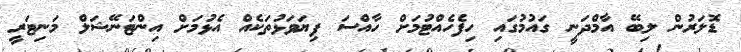
ޑޮލަރުން ލިބޭ އާމްދަނީ ގައުމުގައި ހިފެހެއްޓުމަށް ހާއްސަ ފިޔަވަޅުތަކެއް އެޅުމަށް އިންޓަނޭޝަލް މަނިޓަރީ